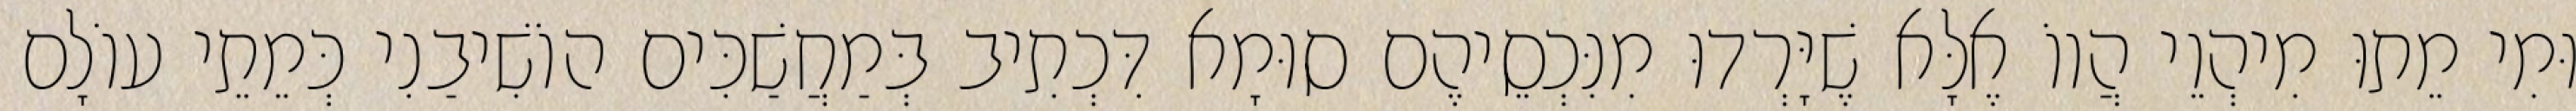
וּמִי מֵתוּ מִיהְוֵי הֲווֹ אֶלָּא שֶׁיָּרְדוּ מִנִּכְסֵיהֶם סוּמָא דִּכְתִיב בְּמַחֲשַׁכִּים הוֹשִׁיבַנִי כְּמֵתֵי עוֹלָם